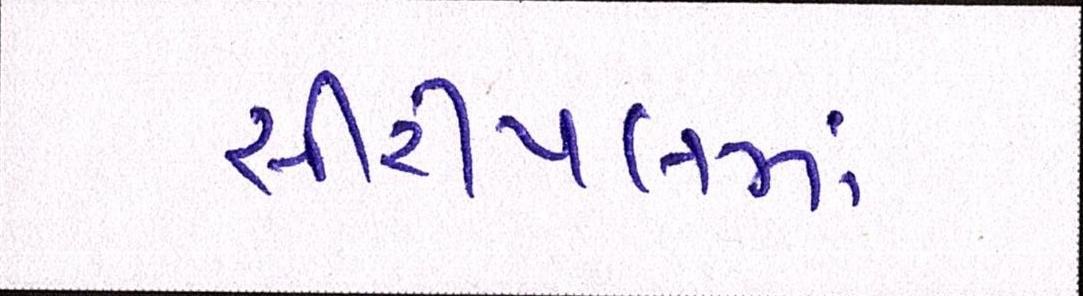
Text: સીરીયલમાં